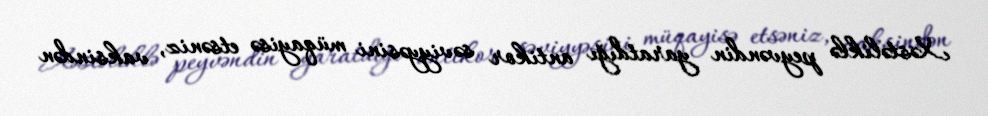
Xəstəliklə peyvəndin yaratdığı antikor səviyyəsini müqayisə etsəniz, vaksindən